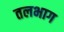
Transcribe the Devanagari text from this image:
तलभाग